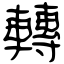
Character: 轉